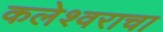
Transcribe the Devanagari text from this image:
कलेश्वराचा